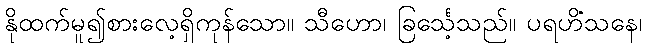
နိုထက်မူ၍စားလေ့ရှိကုန်သော။ သီဟော၊ ခြင်္သေ့သည်။ ပရဟိံသနေ၊